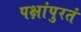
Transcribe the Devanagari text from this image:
पक्षांपुरतं